Report on sanitation, dispensaries, and jails in Rajputana for 1915, and on vaccination for the year 1915-1916 - 1915-1916
Year: 1915
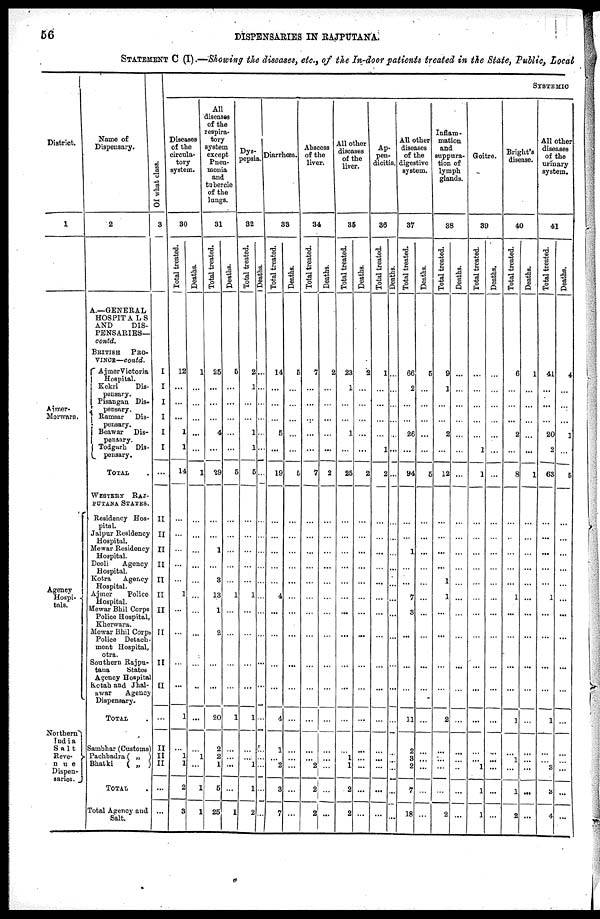
56
DISPENSARIES IN RAJPUTANA.
STATEMENT C (I).—Showing the diseases, etc., of the In-door patients treated in the State, Public, Local
District.
1
Ajmer-
Merwara.
Agency
Hospi-
tals.
Northern
India
Salt
Reve-
nue
Dispen-
saries.
Name of
Dispensary.
2
A.—GENERAL
HOSPITALS
AND
DIS-
PENSARIES—
contd.
BRITISH PRO-
VINCE—contd.
Ajmer Victoria
Hospital.
Kekri Dis-
pensary.
Pisangan Dis-
pensary.
Ramsar Dis-
pensary.
Beawar Dis-
pensary.
Todgarh Dis-
pensary.
TOTAL
WESTERN RAJ-
PUTANA STATES.
Residency Hos-
pital.
Jaipur Residency
Hospital.
Mewar Residency
Hospital.
Deoli
Agency
Hospital.
Kotra
Agency
Hospital.
Ajmer
Police
Hospital.
Mewar Bhil Corps
Police Hospital,
Kherwara.
Mewar Bhil Corps
Police Detach-
ment Hospital,
Kotra.
Southern Rajpu-
tana
States
Agency Hospital
Kotah and Jhal-
awar
Agency
Dispensary.
TOTAL
Sambhar (Customs)
Pachbadra ( „ )
Bhatki
( „ )
TOTAL .
Total Agency and
Salt.
Of what class.
3
I
I
I
I
I
I
...
II
II
II
II
II
II
II
II
II
II
...
II
II
II
...
...
SYSTEMIC
Diseases
of the
circula-
tory
system.
30
Total treated.
12
...
...
...
1
1
14
...
...
...
...
...
1
...
...
...
...
1
...
1
1
2
3
Deaths.
1
...
...
...
...
...
1
...
...
...
...
...
...
...
...
...
...
...
...
1
...
1
1
All
diseases
of the
respira-
tory
system
except
Pneu-
monia
and
tubercle
of the
lungs.
31
Total treated.
25
...
...
...
4
...
29
...
...
1
...
3
13
1
2
...
...
20
2
2
1
5
25
Deaths.
5
...
...
...
...
...
5
...
...
...
...
...
1
...
...
...
...
1
...
...
...
...
1
Dys-
pepsia.
32
Total treated.
2
1
...
...
1
1
5
...
...
...
...
...
1
...
...
...
...
1
...
...
1
1
2
Deaths.
...
...
...
...
...
...
...
...
...
...
...
...
...
...
...
...
...
...
...
...
...
...
...
Diarrhœa.
33
Total treated.
14
...
...
...
5
...
19
...
...
...
...
...
4
...
...
...
...
4
1
...
2
3
7
Deaths.
5
...
...
...
...
...
5
...
...
...
...
...
...
...
...
...
...
...
...
...
...
...
...
Abscess
of the
liver.
34
Total treated.
7
...
...
...
...
...
7
...
...
...
...
...
...
...
...
...
...
...
...
...
2
2
2
Deaths.
2
...
...
...
...
...
2
...
...
...
...
...
...
...
...
...
...
...
...
...
...
...
...
All other
diseases
of the
liver.
35
Total treated.
23
1
...
...
1
...
25
...
...
...
...
...
...
...
...
...
...
...
...
1
1
2
2
Deaths.
2
...
...
...
...
...
2
...
...
...
...
...
...
...
...
...
...
...
...
...
...
...
...
Ap-
pen-
dicitis.
36
Total treated.
1
...
...
...
...
1
2
...
...
...
...
...
...
...
...
...
...
...
...
...
...
...
...
Deaths.
...
...
...
...
...
...
...
...
...
...
...
...
...
...
...
...
...
...
...
...
...
...
...
All other
diseases
of the
digestive
system.
37
Total treated.
66
2
...
...
26
...
94
...
...
1
...
...
7
3
...
...
...
11
2
3
2
7
18
Deaths.
5
...
...
...
...
...
5
...
...
...
...
...
...
...
...
...
...
...
...
...
...
...
...
Inflam-
mation
and
suppura-
tion of
lymph
glands.
38
Total treated.
9
1
...
...
2
...
12
...
...
...
...
1
1
...
...
...
...
2
...
...
...
...
2
Deaths.
...
...
...
...
...
...
...
...
...
...
...
...
...
...
...
...
...
...
...
...
...
...
...
Goitre.
39
Total treated.
...
...
...
...
...
1
1
...
...
...
...
...
...
...
...
...
...
...
...
...
1
1
1
Deaths.
...
...
...
...
...
...
...
...
...
...
...
...
...
...
...
...
...
...
...
...
...
...
...
Bright's
disease.
40
Total treated.
6
...
...
...
2
...
8
...
...
...
...
...
1
...
...
...
...
1
...
1
...
1
2
Deaths.
1
...
...
...
...
...
1
...
...
...
...
...
...
...
...
...
...
...
...
...
...
...
...
All other
diseases
of the
urinary
system.
41
Total treated.
41
...
...
...
20
2
63
...
...
...
...
...
1
...
...
...
...
1
...
...
3
3
4
Deaths.
4
...
...
...
1
...
5
...
...
...
...
...
...
...
...
...
...
...
...
...
...
...
...